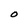
Character: O